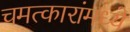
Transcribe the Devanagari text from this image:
चमत्कारांमध्ये